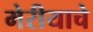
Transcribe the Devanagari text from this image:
मेरीयाचे